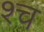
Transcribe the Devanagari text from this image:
श्‍च